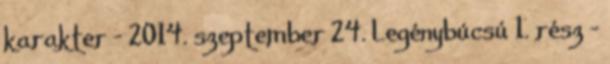
karakter - 2014. szeptember 24. Legénybúcsú 1. rész -